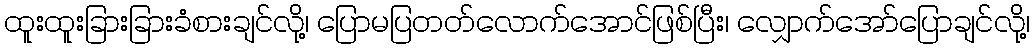
ထူးထူးခြားခြားခံစားချင်လို့၊ ပြောမပြတတ်လောက်အောင်ဖြစ်ပြီး၊ လျှောက်အော်ပြောချင်လို့၊